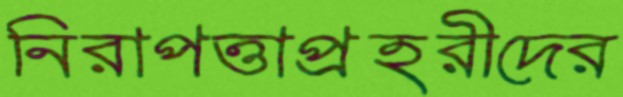
নিরাপত্তাপ্রহরীদের